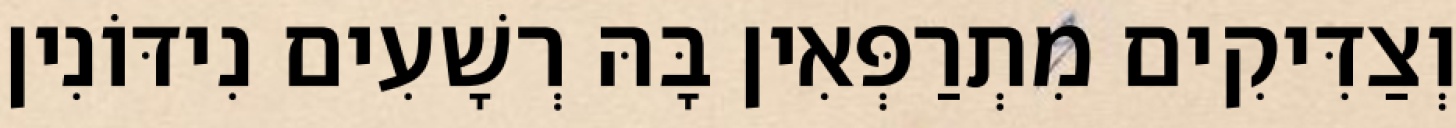
וְצַדִּיקִים מִתְרַפְּאִין בָּהּ רְשָׁעִים נִידּוֹנִין